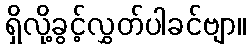
ရှိလို့ခွင့်လွှတ်ပါခင်ဗျာ။